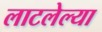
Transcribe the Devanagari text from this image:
लाटलेल्या